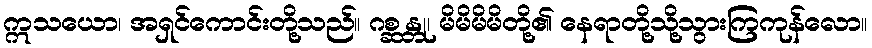
ဣသယော၊ အရှင်ကောင်းတို့သည်။ ဂစ္ဆန္တု၊ မိမိမိမိတို့၏ နေရာတို့သို့သွားကြကုန်လော။